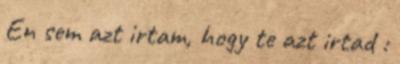
En sem azt irtam, hogy te azt irtad :